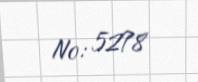
№: 5278